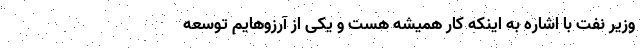
وزیر نفت با اشاره به اینکه کار همیشه هست و یکی از آرزوهایم توسعه